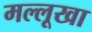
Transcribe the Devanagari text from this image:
मल्लूखा